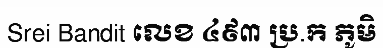
Srei Bandit លេខ ៤៩៣ ប្រ.ក ភូមិ